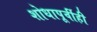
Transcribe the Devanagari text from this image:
शोधापूर्वीही